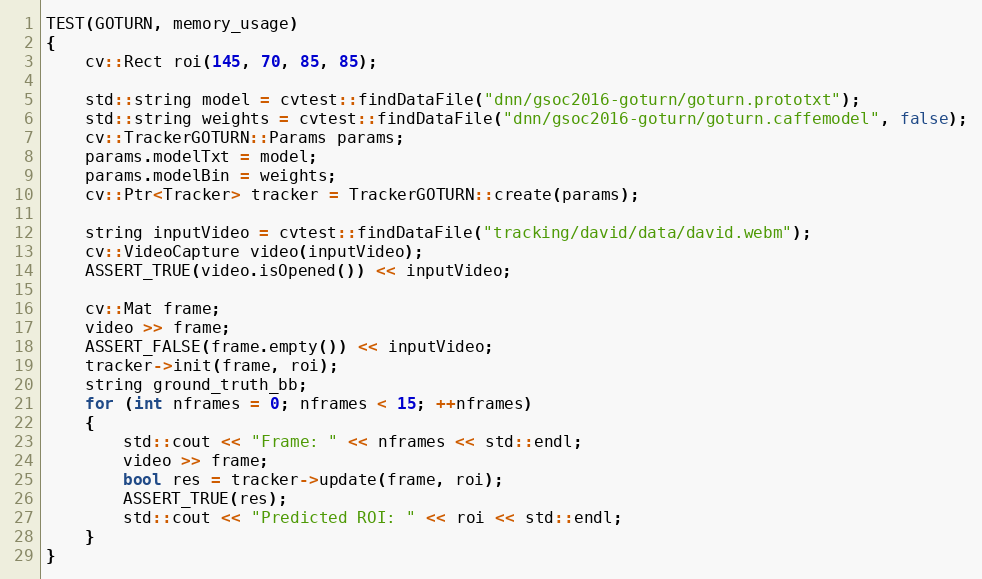
Language: C++
TEST(GOTURN, memory_usage)
{
    cv::Rect roi(145, 70, 85, 85);

    std::string model = cvtest::findDataFile("dnn/gsoc2016-goturn/goturn.prototxt");
    std::string weights = cvtest::findDataFile("dnn/gsoc2016-goturn/goturn.caffemodel", false);
    cv::TrackerGOTURN::Params params;
    params.modelTxt = model;
    params.modelBin = weights;
    cv::Ptr<Tracker> tracker = TrackerGOTURN::create(params);

    string inputVideo = cvtest::findDataFile("tracking/david/data/david.webm");
    cv::VideoCapture video(inputVideo);
    ASSERT_TRUE(video.isOpened()) << inputVideo;

    cv::Mat frame;
    video >> frame;
    ASSERT_FALSE(frame.empty()) << inputVideo;
    tracker->init(frame, roi);
    string ground_truth_bb;
    for (int nframes = 0; nframes < 15; ++nframes)
    {
        std::cout << "Frame: " << nframes << std::endl;
        video >> frame;
        bool res = tracker->update(frame, roi);
        ASSERT_TRUE(res);
        std::cout << "Predicted ROI: " << roi << std::endl;
    }
}